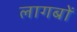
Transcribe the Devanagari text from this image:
लागबों